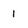
Character: 1